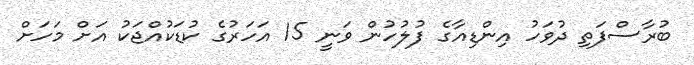
ބުރާސްފަތި ދުވަހު އިންޑިއާގެ ފުލުހުން ވަނީ 15 އަހަރުގެ ކުޑަކުއްޖަކު އަށް މަހަށް